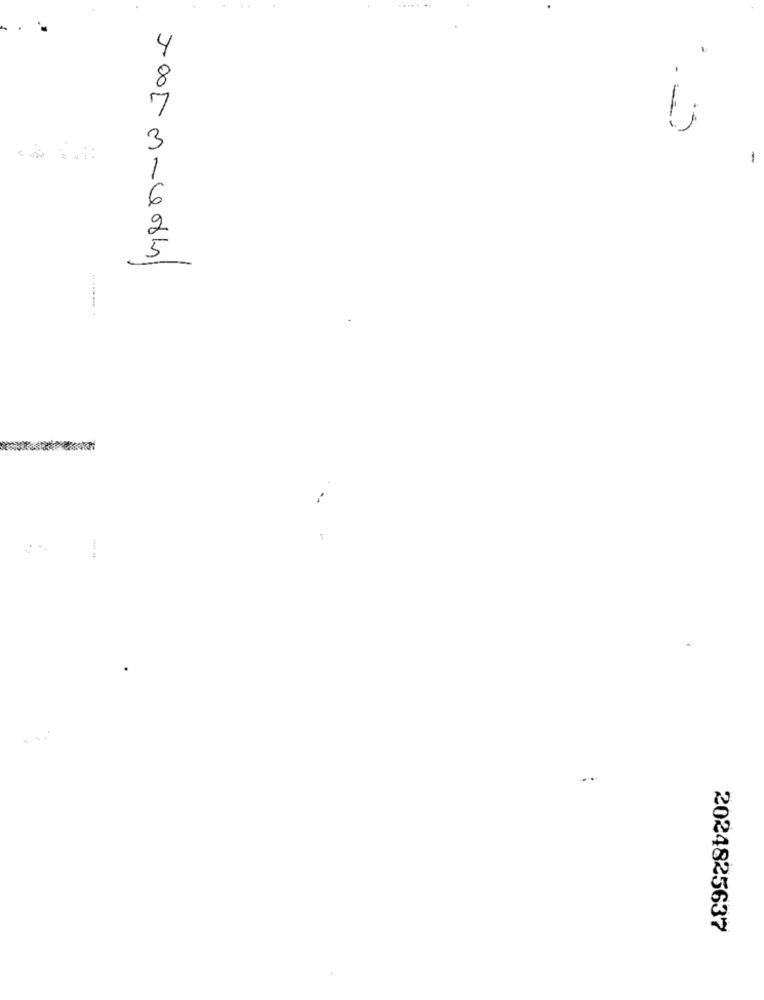
..
.
8
3
-
2024825637